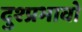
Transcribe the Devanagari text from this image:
दुश्प्रभावो